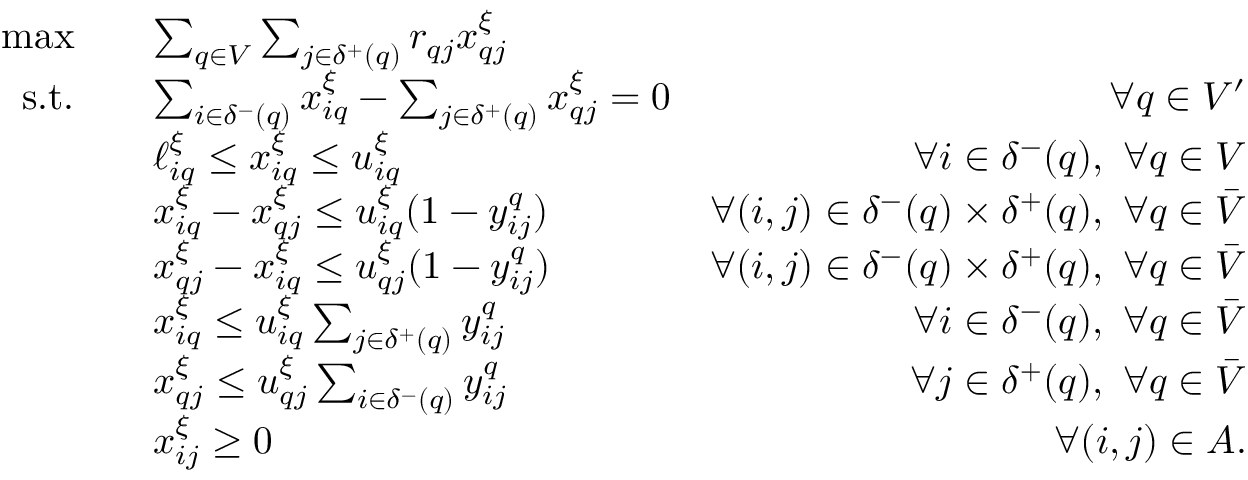
\begin{array} { r l r } { \operatorname* { m a x } \quad } & { \sum _ { q \in V } \sum _ { j \in \delta ^ { + } ( q ) } r _ { q j } x _ { q j } ^ { \xi } } \\ { \mathrm { s . t . } \quad } & { \sum _ { i \in \delta ^ { - } ( q ) } x _ { i q } ^ { \xi } - \sum _ { j \in \delta ^ { + } ( q ) } x _ { q j } ^ { \xi } = 0 } & { \forall q \in V ^ { \prime } } \\ & { \ell _ { i q } ^ { \xi } \le x _ { i q } ^ { \xi } \le u _ { i q } ^ { \xi } } & { \forall i \in \delta ^ { - } ( q ) , ~ \forall q \in V } \\ & { x _ { i q } ^ { \xi } - x _ { q j } ^ { \xi } \le u _ { i q } ^ { \xi } ( 1 - y _ { i j } ^ { q } ) } & { \forall ( i , j ) \in \delta ^ { - } ( q ) \times \delta ^ { + } ( q ) , ~ \forall q \in { \bar { V } } } \\ & { x _ { q j } ^ { \xi } - x _ { i q } ^ { \xi } \le u _ { q j } ^ { \xi } ( 1 - y _ { i j } ^ { q } ) } & { \forall ( i , j ) \in \delta ^ { - } ( q ) \times \delta ^ { + } ( q ) , ~ \forall q \in \bar { V } } \\ & { x _ { i q } ^ { \xi } \le u _ { i q } ^ { \xi } \sum _ { j \in \delta ^ { + } ( q ) } y _ { i j } ^ { q } } & { \forall i \in \delta ^ { - } ( q ) , ~ \forall q \in \bar { V } } \\ & { x _ { q j } ^ { \xi } \le u _ { q j } ^ { \xi } \sum _ { i \in \delta ^ { - } ( q ) } y _ { i j } ^ { q } } & { \forall j \in \delta ^ { + } ( q ) , ~ \forall q \in \bar { V } } \\ & { x _ { i j } ^ { \xi } \geq 0 } & { \forall ( i , j ) \in A . } \end{array}